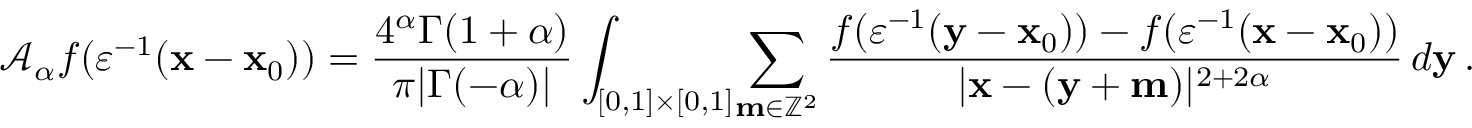
\mathcal { A } _ { \alpha } f ( \varepsilon ^ { - 1 } ( \mathbf { x } - \mathbf { x } _ { 0 } ) ) = \frac { 4 ^ { \alpha } \Gamma ( 1 + \alpha ) } { \pi | \Gamma ( - \alpha ) | } \int _ { [ 0 , 1 ] \times [ 0 , 1 ] } \! \sum _ { \mathbf { m } \in \mathbb { Z } ^ { 2 } } \frac { f ( \varepsilon ^ { - 1 } ( \mathbf { y } - \mathbf { x } _ { 0 } ) ) - f ( \varepsilon ^ { - 1 } ( \mathbf { x } - \mathbf { x } _ { 0 } ) ) } { | \mathbf { x } - ( \mathbf { y } + \mathbf { m } ) | ^ { 2 + 2 \alpha } } \, d \mathbf { y } \, .